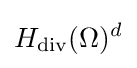
H_{\text{div}}(\Omega )^{d}